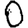
Digit: 0